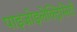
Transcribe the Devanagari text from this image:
पाइज़ोइलेक्ट्रिसिटी